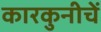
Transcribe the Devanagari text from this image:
कारकुनीचें